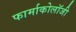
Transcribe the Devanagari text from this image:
फार्माकोलॉजी